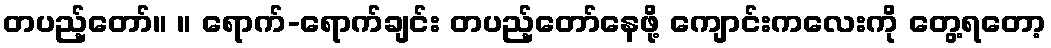
တပည့်တော်။ ။ ရောက်-ရောက်ချင်း တပည့်တော်နေဖို့ ကျောင်းကလေးကို တွေ့ရတော့